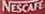
NESCAFE